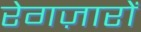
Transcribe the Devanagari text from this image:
रेगज़ारों